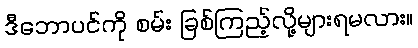
ဒီဘောပင်ကို စမ်း ခြစ်ကြည့်လို့များရမလား။